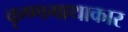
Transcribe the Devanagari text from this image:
कृष्णगाथाकार